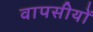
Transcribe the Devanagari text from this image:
वापसीयों